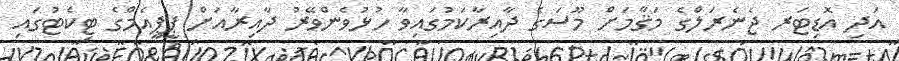
އަދި އޮޑިޓަރ ޖެނެރަލްގެ މަޤާމަށް މޫސަގެ ދާއިރާކަމުގައިވާ ހުޅުވެންވޭރު ދާއިރާއަށް ޕީޕީއެމްގެ ޓިކެޓުގައި